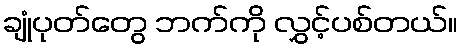
ချုံပုတ်တွေ ဘက်ကို လွှင့်ပစ်တယ်။